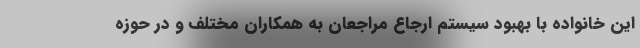
این خانواده با بهبود سیستم ارجاع مراجعان به همکاران مختلف و در حوزه